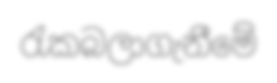
රැකබලාගැනීමේ